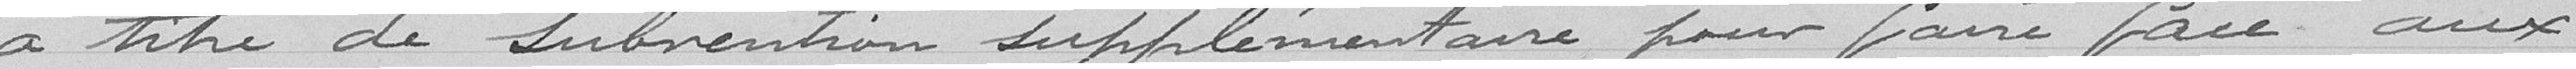
à titre de Subvention supplémentaire pour faire face aux